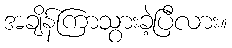
အချိန်ကြာသွားခဲ့ပြီလား။